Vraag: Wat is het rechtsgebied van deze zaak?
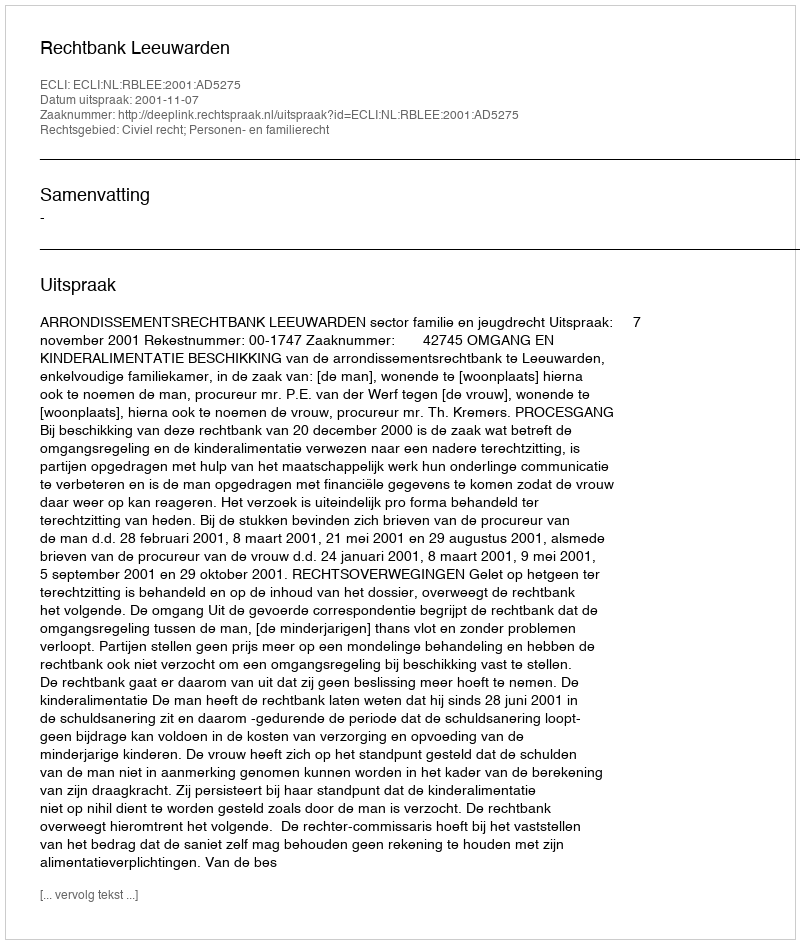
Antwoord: Civiel recht; Personen- en familierecht